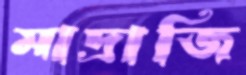
মাদ্রাজি